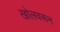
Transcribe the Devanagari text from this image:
खोलवरून